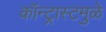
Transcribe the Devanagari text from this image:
कॉन्ट्रास्टमुळे